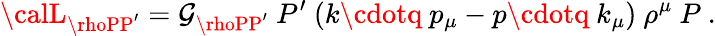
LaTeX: {\calL}_{\rhoPP^{\prime}}=\mathcal{G}_{\rhoPP^{\prime}}\ P^{\prime}\ (k\cdotq\ p_{\mu}-p\cdotq\ k_{\mu})\ \rho^{\mu}\ P\ .